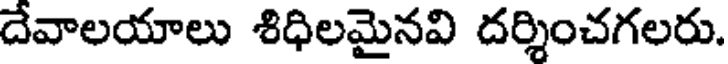
దేవాలయాలు శిధిలమైనవి దర్శించగలరు.